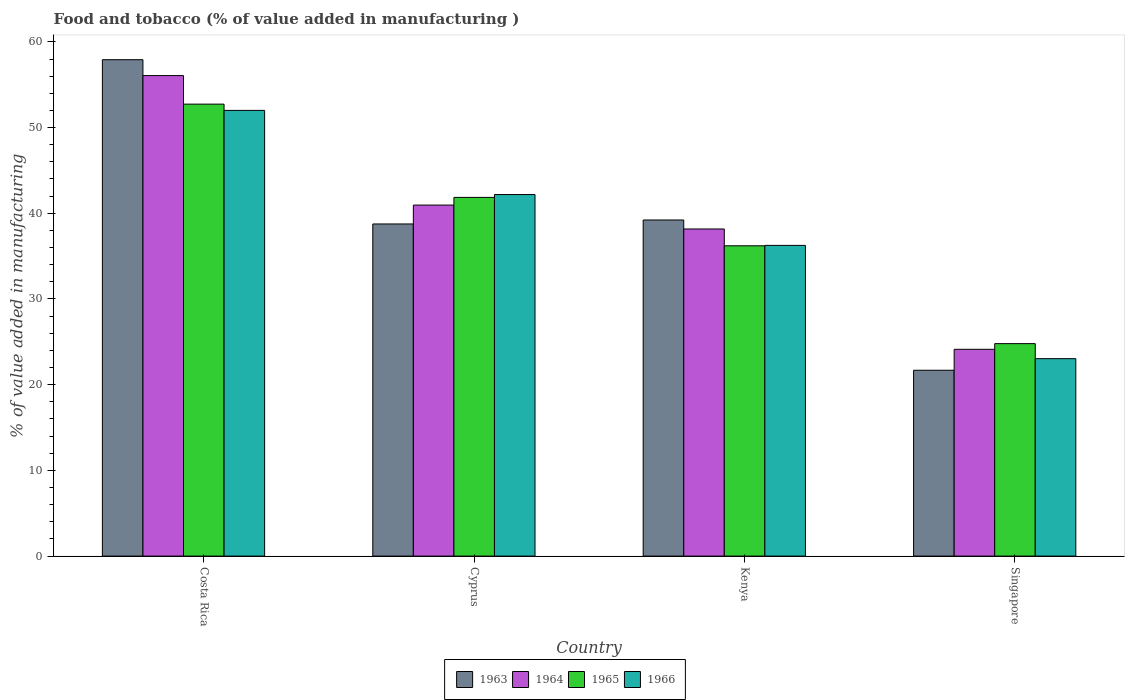
| Country | 1963 | 1964 | 1965 | 1966 |
 | --- | --- | --- | --- | --- |
 | Costa Rica | 57.9 | 56.1 | 52.7 | 52 |
 | Cyprus | 38.8 | 41 | 41.9 | 42.2 |
 | Kenya | 39.2 | 38.2 | 36.2 | 36.3 |
 | Singapore | 21.7 | 24.1 | 24.8 | 23 |